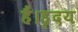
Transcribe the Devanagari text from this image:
हैं।हृदय